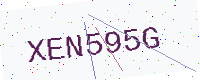
Text: XEN595G